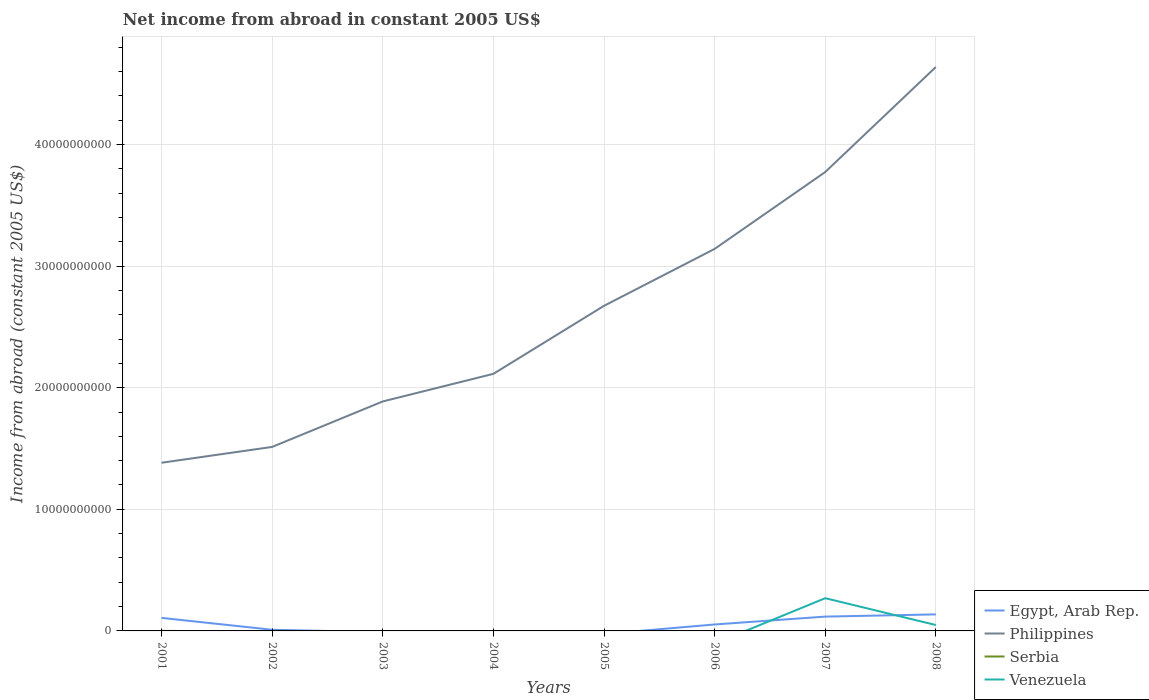
| Years | Egypt, Arab Rep. | Philippines | Serbia | Venezuela |
 | --- | --- | --- | --- | --- |
 | 2001 | 1.07e+09 | 1.38e+10 | 6.03e+06 | -2.02e+09 |
 | 2002 | 9.59e+07 | 1.51e+10 | -6.94e+07 | -2.76e+09 |
 | 2003 | -1.07e+08 | 1.89e+10 | -1.35e+08 | -2.34e+09 |
 | 2004 | -2.14e+08 | 2.11e+10 | -2.16e+08 | -3.67e+09 |
 | 2005 | -2.54e+08 | 2.67e+10 | -3.23e+08 | -2.2e+09 |
 | 2006 | 5.31e+08 | 3.14e+10 | -4.14e+08 | -1.04e+09 |
 | 2007 | 1.18e+09 | 3.77e+10 | -8.2e+08 | 2.69e+09 |
 | 2008 | 1.36e+09 | 4.64e+10 | -1.36e+09 | 4.85e+08 |